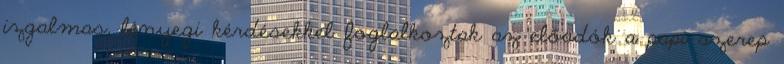
izgalmas, lényegi kérdésekkel foglalkoztak az előadók a papi szerep